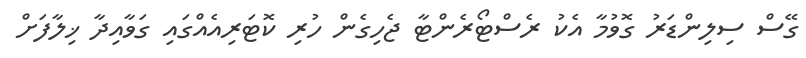
ގޭސް ސިލިންޑަރު ގޮވުމާ އެކު ރެސްޓޯރެންޓާ ޖެހިގެން ހުރި ކޮޓަރިއެއްގައި ގަވާއިދާ ޚިލާފަށް